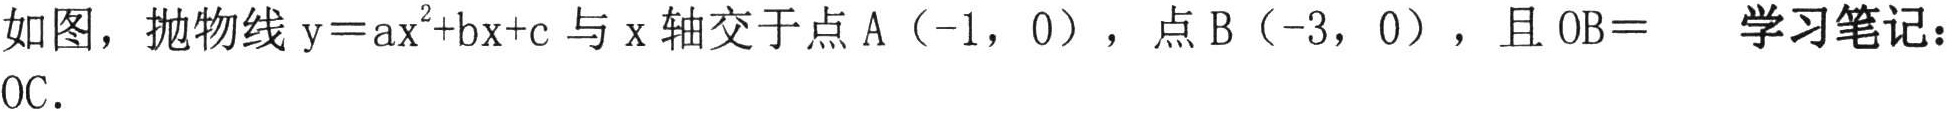
如图，抛物线\(y = ax^{2}+bx + c\)与\(x\)轴交于点\(A(-1,0)\)，点\(B(-3,0)\)，且\(OB = OC\).  学习笔记：